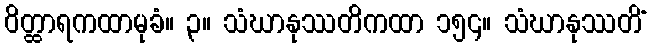
ဝိတ္ထာရကထာမုခံ။ ၃။ သံဃာနုဿတိကထာ ၁၅၄။ သံဃာနုဿတိံ